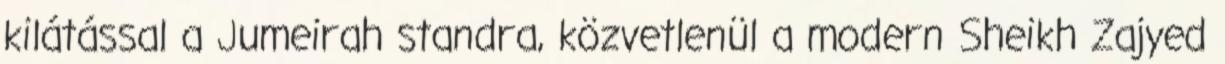
kilátással a Jumeirah standra, közvetlenül a modern Sheikh Zajyed